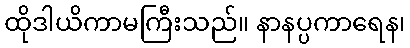
ထိုဒါယိကာမကြီးသည်။ နာနပ္ပကာရေန၊